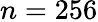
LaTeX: n=256